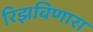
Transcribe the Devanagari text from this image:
रिझविणारा